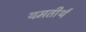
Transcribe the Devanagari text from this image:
यमतीर्थ